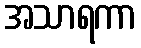
အသာရကာ